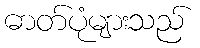
ဓာတ်ပုံများသည်